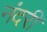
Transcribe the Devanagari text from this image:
नंदरी